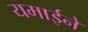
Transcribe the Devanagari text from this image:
यमाईने